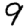
Digit: 9